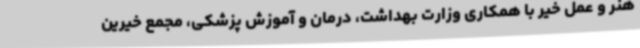
هنر و عمل خیر با همکاری وزارت بهداشت، درمان و آموزش پزشکی، مجمع خیرین